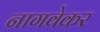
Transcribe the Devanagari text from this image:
नागवेकर